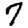
Digit: 7